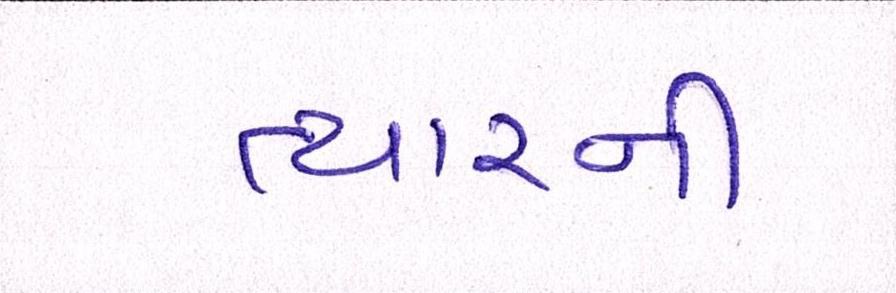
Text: ત્યારની